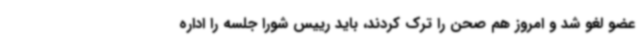
عضو لغو شد و امروز هم صحن را ترک کردند، باید رییس شورا جلسه را اداره